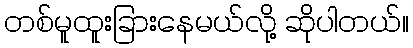
တစ်မူထူးခြားနေမယ်လို့ ဆိုပါတယ်။